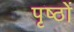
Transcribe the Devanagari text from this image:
पृष्‍ठों